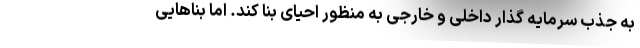
به جذب سرمایه گذار داخلی و خارجی به منظور احیای بنا کند. اما بناهایی